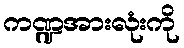
ကဏ္ဍအားလုံးကို